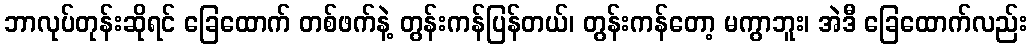
ဘာလုပ်တုန်းဆိုရင် ခြေထောက် တစ်ဖက်နဲ့ တွန်းကန်ပြန်တယ်၊ တွန်းကန်တော့ မကွာဘူး၊ အဲဒီ ခြေထောက်လည်း